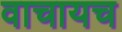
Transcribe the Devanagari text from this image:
वाचायच